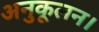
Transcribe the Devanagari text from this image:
अनुकूलन।